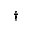
^ { \dag }